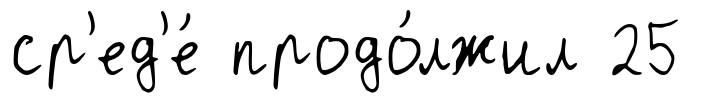
ср'ед'е́ продо́лжил 25